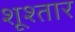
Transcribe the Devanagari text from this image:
शूश्तार